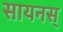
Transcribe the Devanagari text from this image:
सायनस्